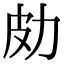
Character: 𠡄